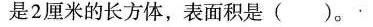
是2厘米的长方体，表面积是( )。·